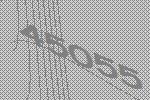
45055